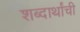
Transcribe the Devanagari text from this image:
शब्दार्थांची